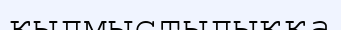
қылмыстылыққа